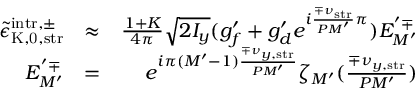
\begin{array} { r l r } { \tilde { \epsilon } _ { \mathrm { K , 0 , s t r } } ^ { \mathrm { i n t r } , \pm } } & { \approx } & { \frac { 1 + K } { 4 \pi } \sqrt { 2 I _ { y } } ( g _ { f } ^ { \prime } + g _ { d } ^ { \prime } e ^ { i \frac { \mp \nu _ { \mathrm { s t r } } } { P M ^ { \prime } } \pi } ) E _ { M ^ { \prime } } ^ { ' \mp } } \\ { E _ { M ^ { \prime } } ^ { ' \mp } } & { = } & { e ^ { i \pi ( M ^ { \prime } - 1 ) \frac { \mp \nu _ { y , \mathrm { s t r } } } { P M ^ { \prime } } } \zeta _ { M ^ { \prime } } ( \frac { \mp \nu _ { y , \mathrm { s t r } } } { P M ^ { \prime } } ) } \end{array}